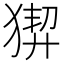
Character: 𤟻